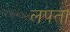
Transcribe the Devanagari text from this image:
लपता